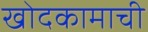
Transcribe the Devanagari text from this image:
खोदकामाची